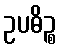
ဥပဓိဉ္စ